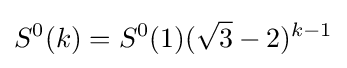
S^{0}(k)=S^{0}(1)({\sqrt {3}}-2)^{k-1}